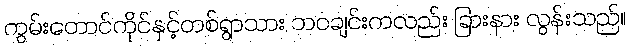
ကွမ်းတောင်ကိုင်နှင့်တစ်ရွာသား ဘဝချင်းကလည်း ခြားနား လွန်းသည်။